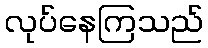
လုပ်နေကြသည်